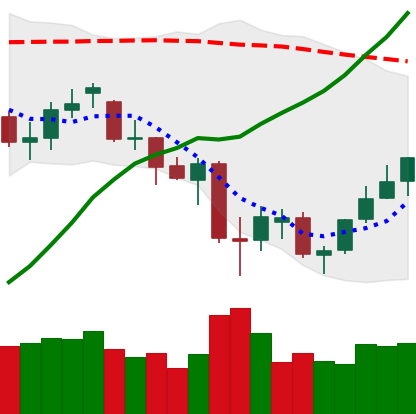
Ticker: ETH-USD
Chart end date: 2021-06-30
Forward return: -3.34%
Label: down_3_5